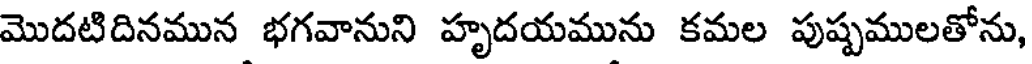
మొదటిదినమున భగవానుని హృదయమును కమల పుష్పములతోను,